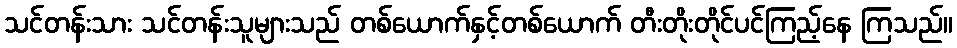
သင်တန်းသား သင်တန်းသူများသည် တစ်ယောက်နှင့်တစ်ယောက် တီးတိုးတိုင်ပင်ကြည့်နေ ကြသည်။